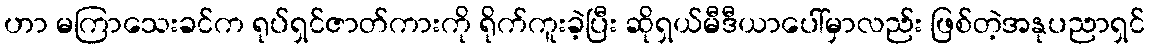
ဟာ မကြာသေးခင်က ရုပ်ရှင်ဇာတ်ကားကို ရိုက်ကူးခဲ့ပြီး ဆိုရှယ်မီဒီယာပေါ်မှာလည်း ဖြစ်တဲ့အနုပညာရှင်